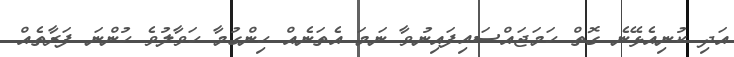
އަދި ކުނިއެޅޭނެ ގޮތް ހަމަޖައްސައިފައިނުވާ ނަމަ އެތަނެއް ހިންގުމާ ހަވާލުވެ ހުންނަ ފަރާތެއް